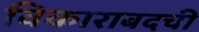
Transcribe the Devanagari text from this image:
विकाराबदची